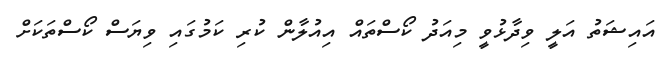
އައިޝަތު އަލީ ވިދާޅުވީ މިއަދު ކޯސްތައް އިއުލާން ކުރި ކަމުގައި ވިޔަސް ކޯސްތަކަށް